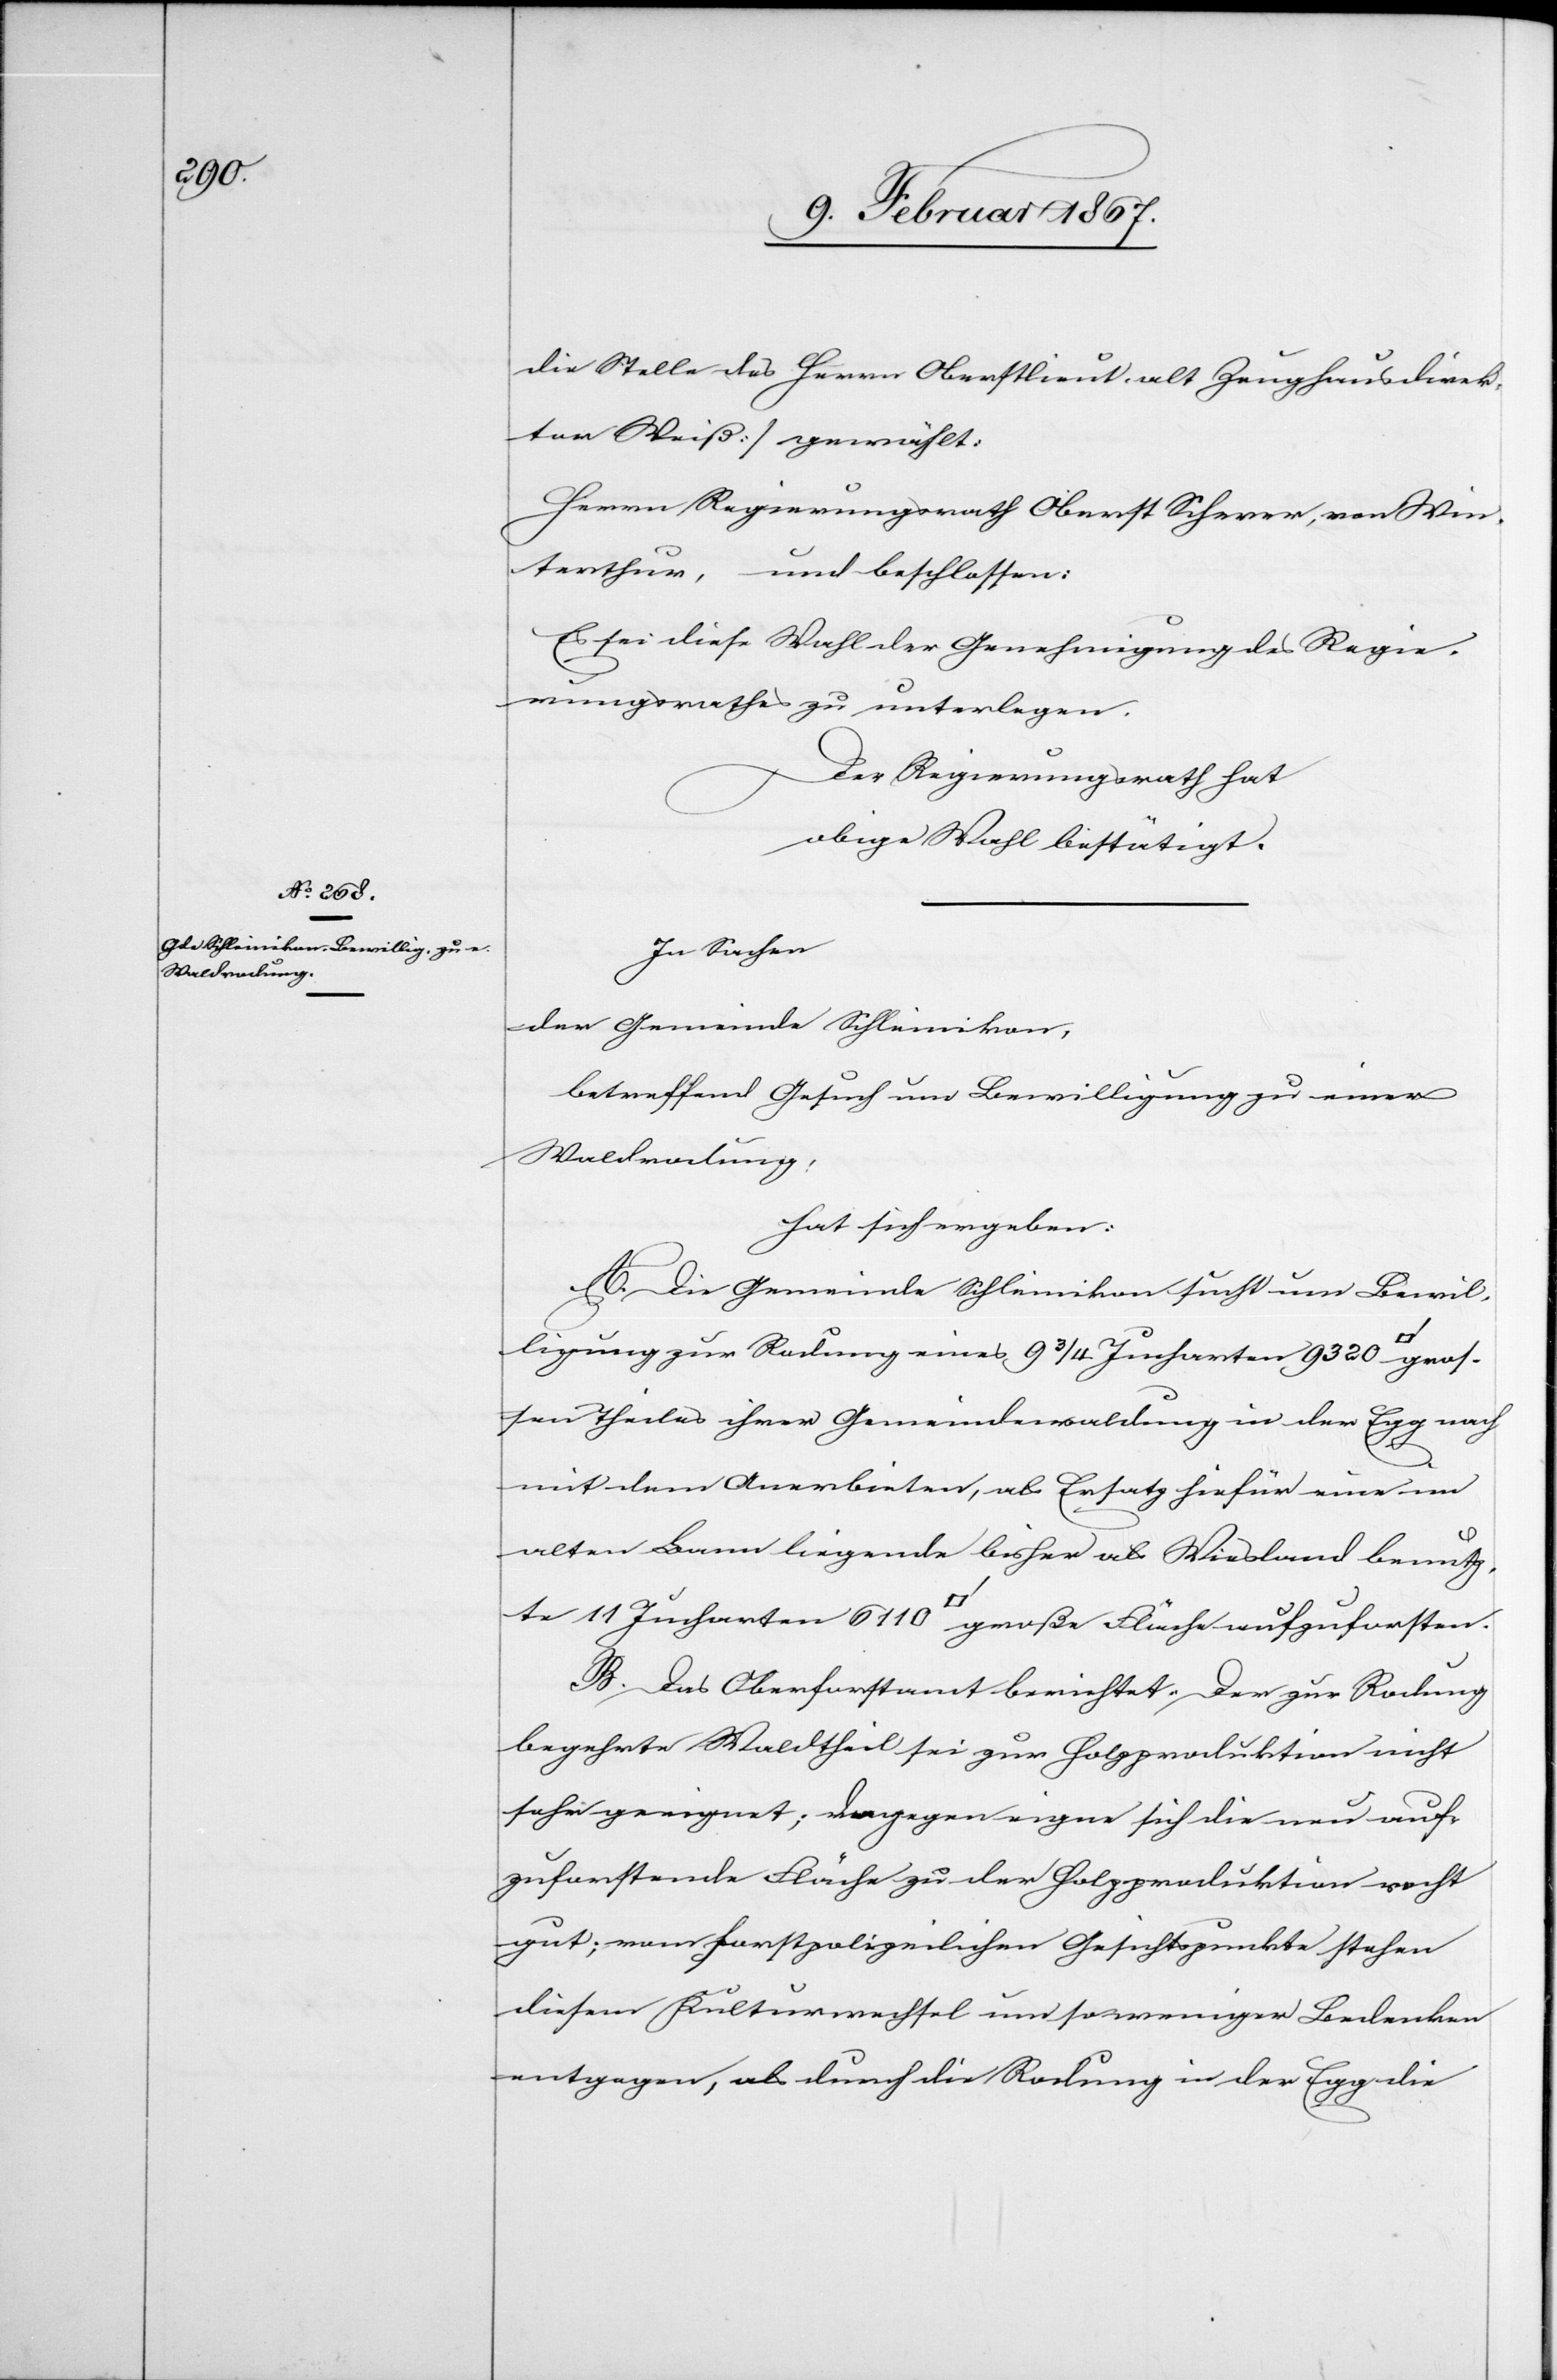
6110

die Stelle des Herrn Oberstlieut. alt Zeughausdirek¬
tor Weiß] gewählt:
Herrn Regierungsrath Oberst Scherer, von Win¬
terthur, und beschlossen:
Es sei diese Wahl der Genehmigung des Regie¬
rungsrathes zu unterlegen.
Der Regierungsrath hat
obige Wahl bestätigt.
In Sachen
der Gemeinde Schleinikon,
betreffend Gesuch um Bewilligung zu einer
Waldrodung,
hat sich ergeben:
A. Die Gemeinde Schleinikon sucht um Bewil¬
11
ligung zur Rodung eines 9 3/4 Jucharten 9320
sen Theiles ihrer Gemeindewaldung in der Egg nach
mit dem Anerbieten, als Ersatz hiefür eine im
alten Bann liegende bisher als Wiesland benutz¬
te
B. Das Oberforstamt berichtet: Der zur Rodung
begehrte Waldtheil sei zur Holzproduktion nicht
sehr geeignet; dagegen eigne sich die neu auf¬
zuforstende Fläche zu der Holzproduktion recht
gut; vom forstpolizeilichen Gesichtspunkte stehen
diesem Kulturwechsel um so weniger Bedenken
entgegen, als durch die Rodung in der Egg die